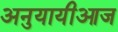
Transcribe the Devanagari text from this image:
अनुयायीआज